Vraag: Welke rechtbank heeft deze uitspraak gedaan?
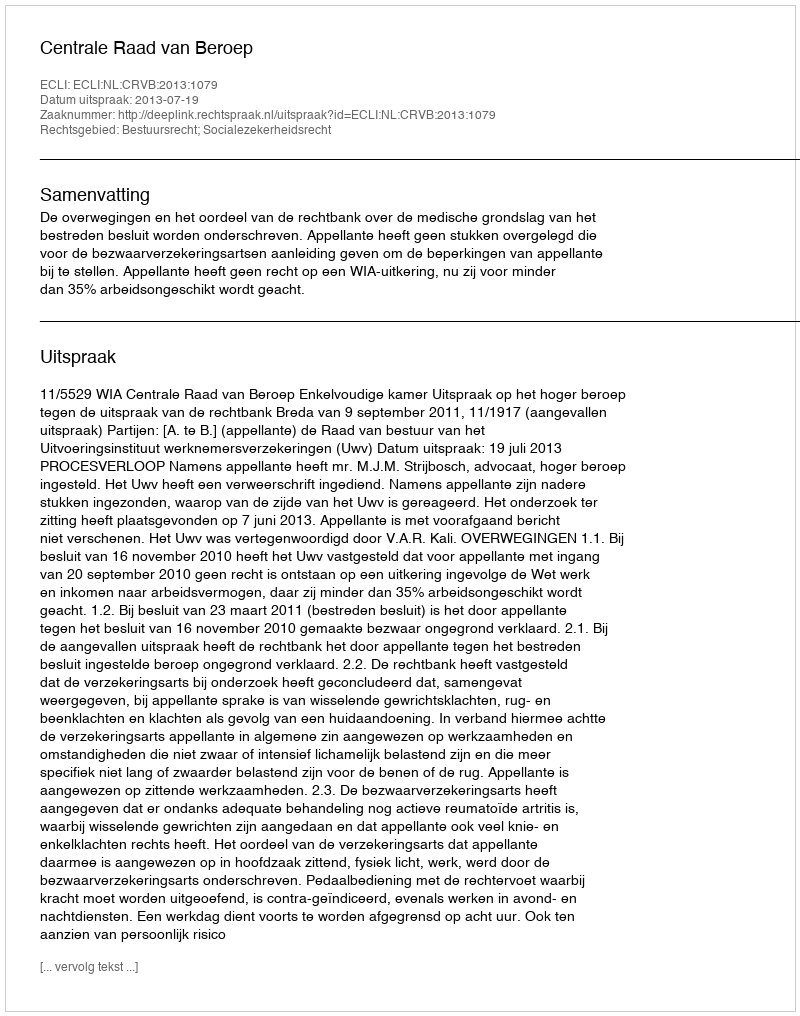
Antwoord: Centrale Raad van Beroep